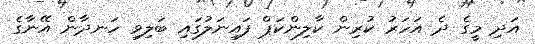
އަދި މީގެ ދެ އަހަރު ކުރިން ކާލިންކަޕް ފައިނަލުގައި ބަލިވި ހަނދާން އޭނާގެ